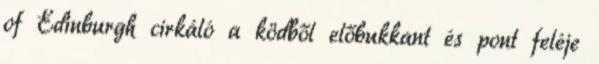
of Edinburgh cirkáló a ködből előbukkant és pont feléje